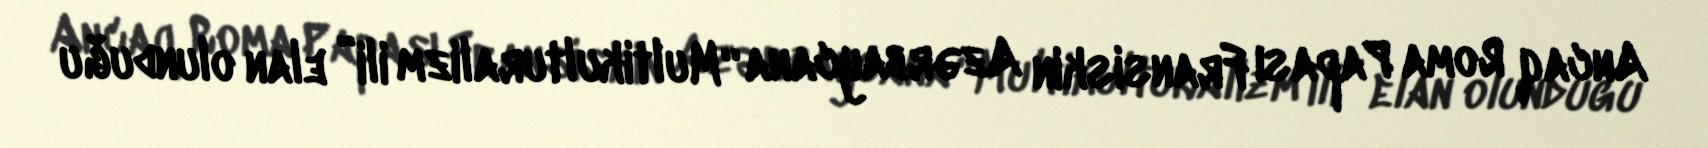
Ancaq Roma Papası Fransiskin Azərbaycana “Multikulturalizm ili” elan olunduğu